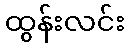
ထွန်းလင်း